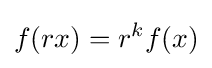
f(rx)=r^{k}f(x)